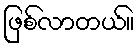
ဖြစ်လာတယ်။